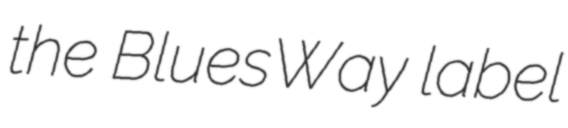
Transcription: the BluesWay label